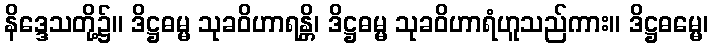
နိဒ္ဒေသတို့၌။ ဒိဋ္ဌဓမ္မ သုခဝိဟာရန္တိ၊ ဒိဋ္ဌဓမ္မ သုခဝိဟာရံဟူသည်ကား။ ဒိဋ္ဌဓမ္မေ၊